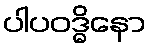
ပါပဝဒ္ဓိနော